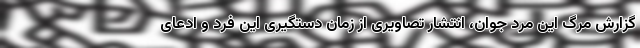
گزارش مرگ این مرد جوان، انتشار تصاویری از زمان دستگیری این فرد و ادعای